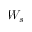
W _ { s }